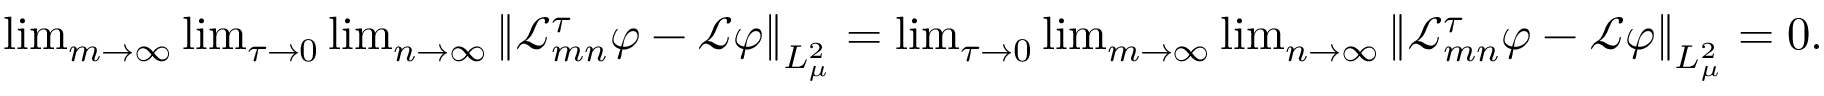
\begin{array} { r } { \operatorname* { l i m } _ { m \to \infty } \operatorname* { l i m } _ { \tau \to 0 } \operatorname* { l i m } _ { n \to \infty } \left\| \mathcal { L } _ { m n } ^ { \tau } \varphi - \mathcal { L } \varphi \right\| _ { L _ { \mu } ^ { 2 } } = \operatorname* { l i m } _ { \tau \to 0 } \operatorname* { l i m } _ { m \to \infty } \operatorname* { l i m } _ { n \to \infty } \left\| \mathcal { L } _ { m n } ^ { \tau } \varphi - \mathcal { L } \varphi \right\| _ { L _ { \mu } ^ { 2 } } = 0 . } \end{array}